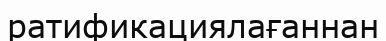
ратификациялағаннан